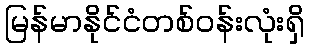
မြန်မာနိုင်ငံတစ်ဝန်းလုံးရှိ